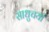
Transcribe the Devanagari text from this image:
साधुचर्या